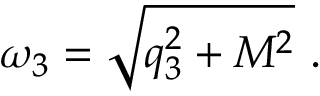
\omega _ { 3 } = \sqrt { q _ { 3 } ^ { 2 } + M ^ { 2 } } \ .